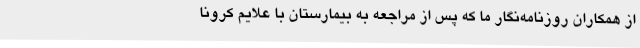
از همکاران روزنامه‌نگار ما که پس از مراجعه به بیمارستان با علایم کرونا